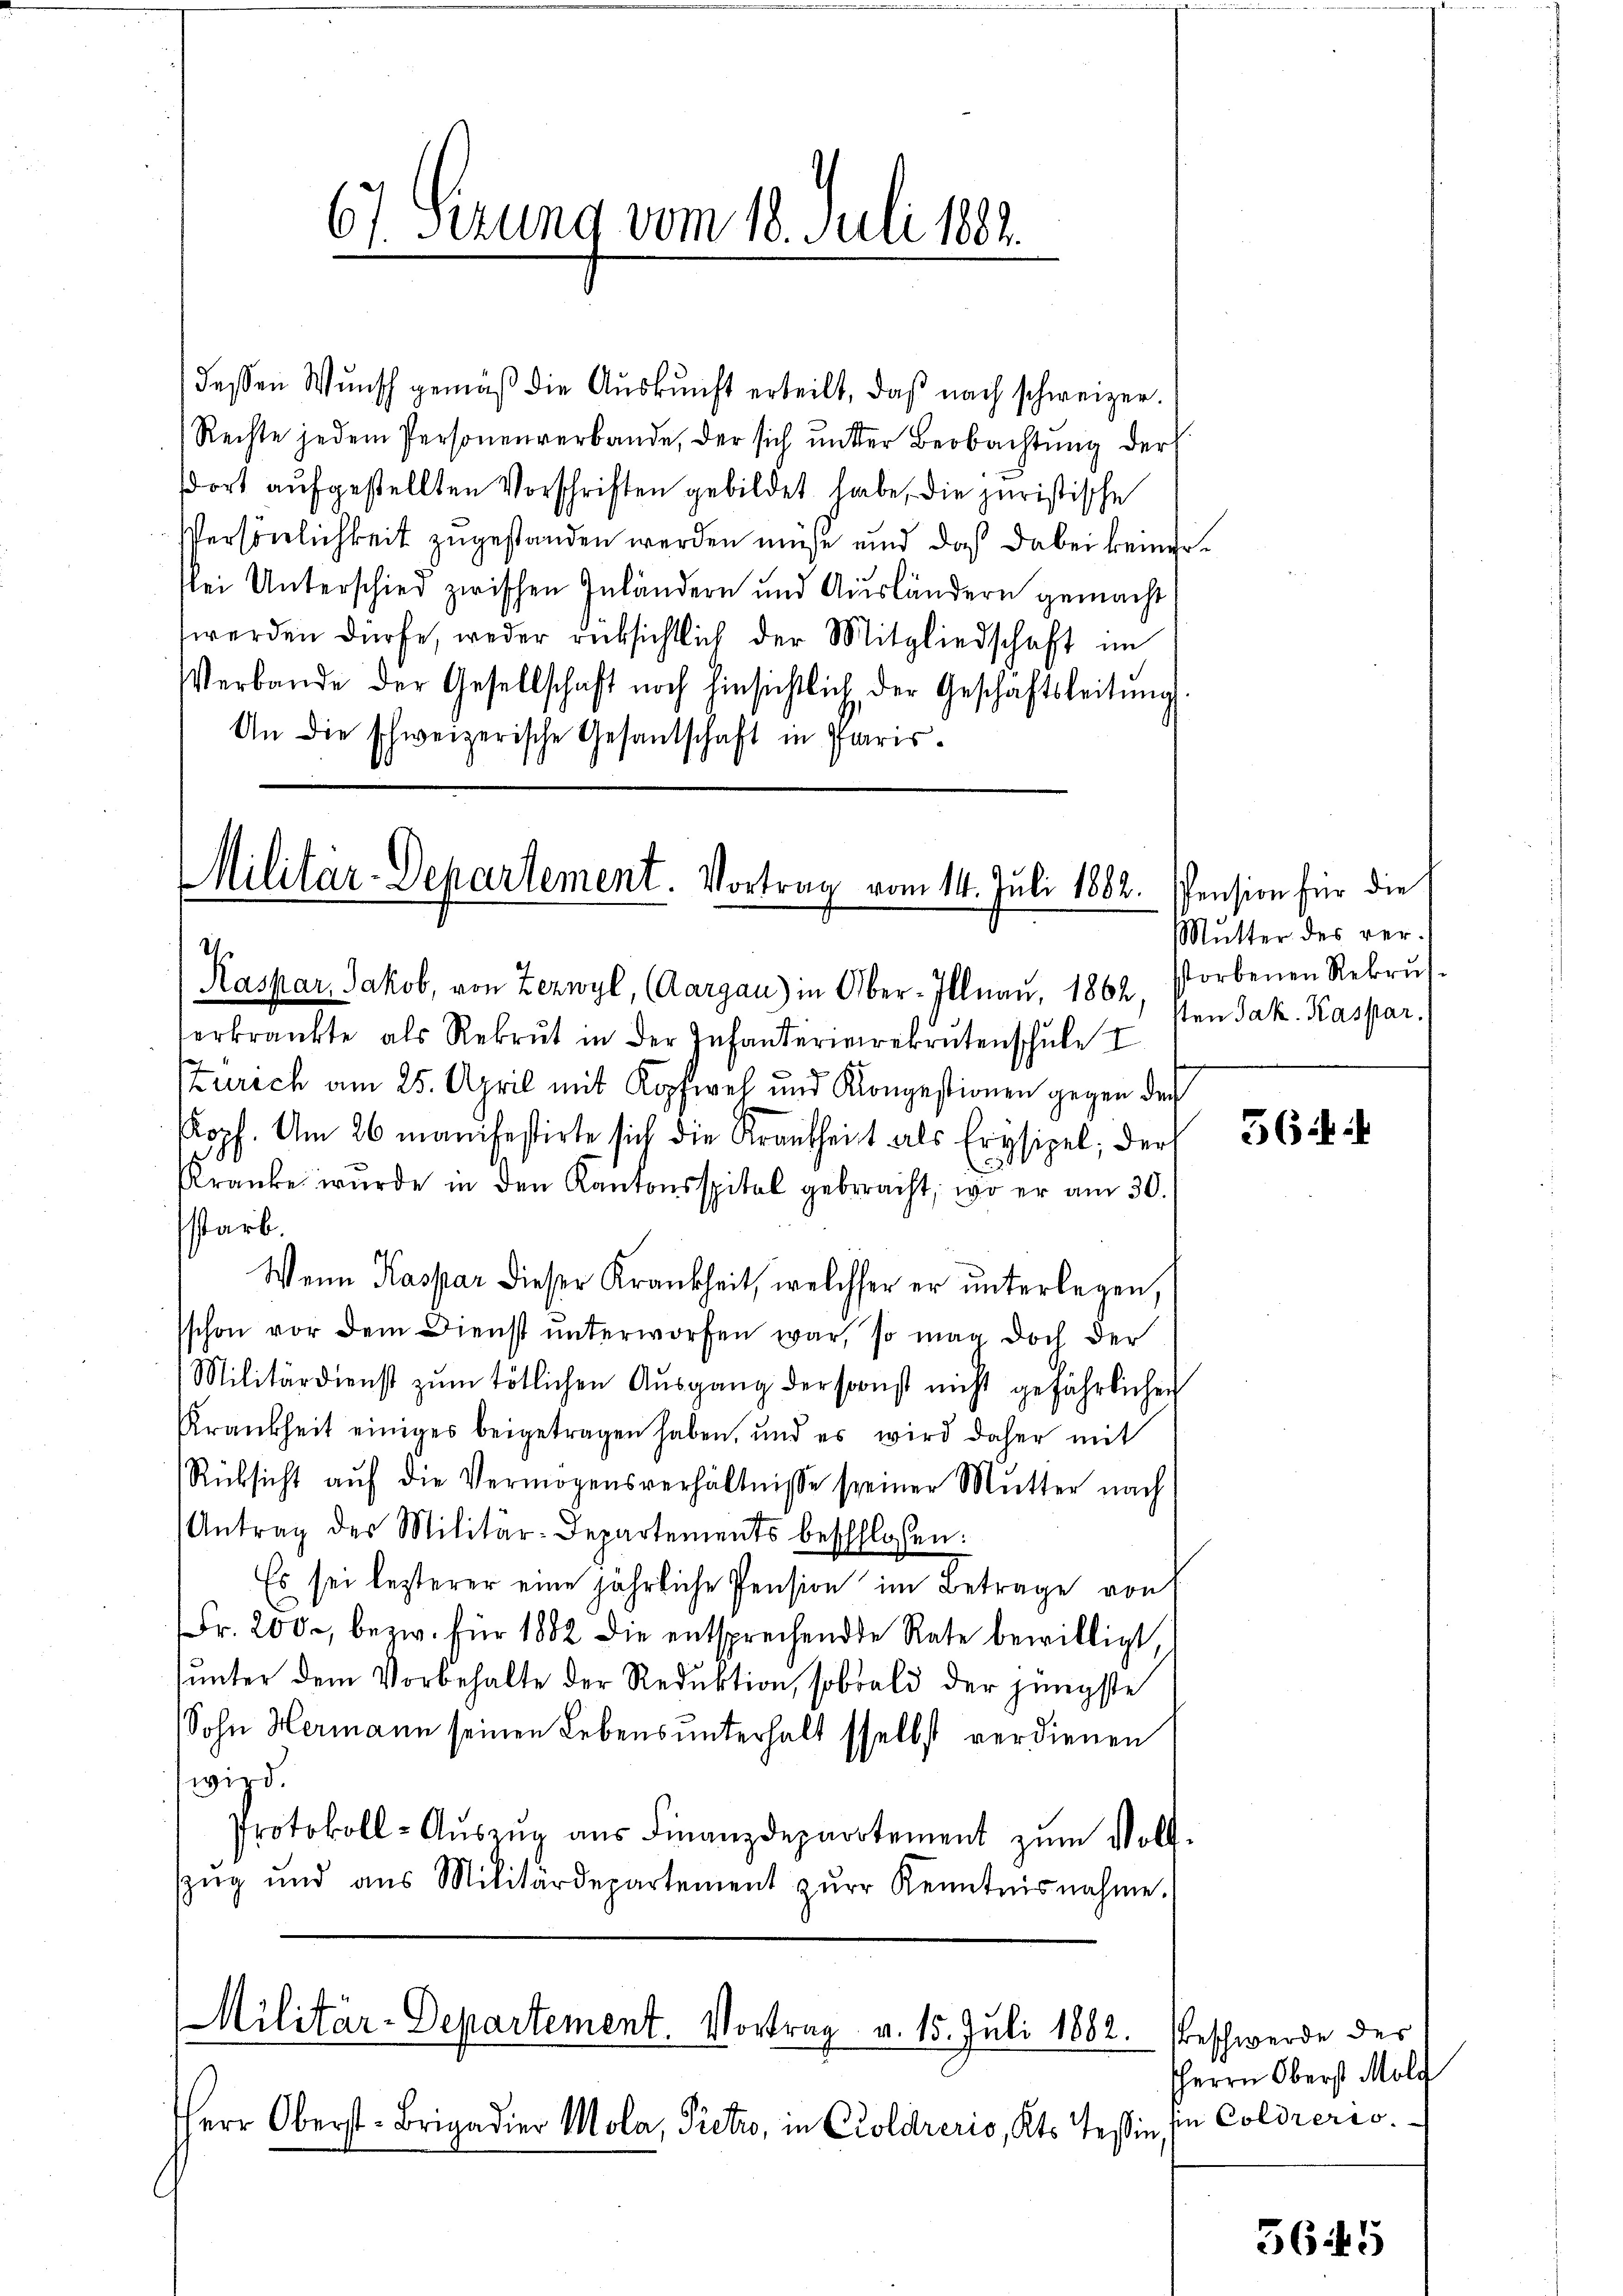
dessen Wŭnsch gemäβ die Aŭskŭnft erteilt, daβ nach schweizer.
Rechte jedem Personenverbande, der sich unter Beobachtung der
dort aufgestellten Vorschriften gebildet habe, die juristische
Persönlichkeit zugestanden werden müße und daß dabei keiner
slei Unterschied zwischen Inländern und Ausländern gemacht
werden dürfe, weder rücksichtlich der Mitgliedschaft im
Verbande der Gesellschaft noch hinsichtlich, der Geschäftsleitŭng.
An die schweizerische Gesandschaft in Paris.

67 Sezung vom 18. Juli 1882.

Militär-Departement. Vortrag vom 14. Juli 1882.
I.

Zürich am 25. April mit Kopfweh und Kongestionen gegen der
Kopf. Am 26 manifestirte sich die Krankheit als Erysipel, der
Kranke wurde in den Kantonsspital gebracht, wo er am 30.
starb.
Wenn Kaspar dieser Krankheit, welcher er unterlegen,
schon vor dem Dienst ŭnterworfen war, so mag doch der
Militärdienst zŭm tötlichen Aŭsgang der sonst nicht gefährlicher
Krankheit einiges beigetragen haben, und es wird daher mit
Rücksicht auf die Vermögensverhältnisse seiner Mutter nach
Antrag des Militär-Departements beschlossen:
Es sei lezterer eine jährliche Pension im Betrage von
Fr. 200, bezw. für 1882 die entsprechende Rate bewilligt,
unter dem Vorbehalte der Reduktion, sobald der jüngste
Sohn Hermann seinen Lebensunterhalt sselbst verdienen
wird.
Protokoll-Aŭszŭg aŭs Finanzdepartement zŭm Voll-
zŭg und aus Militärdepartement zŭr Kenntnisnahme.

Raspar, Jakob, von Zernyl, (Aargau) in Ober-Illnau, 1862, storbenen Rekrŭs-
erkränkte als Rekrut in der Infanterierekrutenschule I

Militär-Departement. Vortrag v. 15. Juli 1882.
Herr Oberst-Brigadier Mola, Pretio, in Coldreris, Kts. Tessin,

Pension für die
Mutter des ver-
sten Jak. Kaspar

56.

Beschwerde des
HHerrn Oberst Molg
en Coldreris

3645